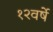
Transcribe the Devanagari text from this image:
१२वर्षे